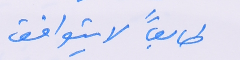
طابعاً لا يتوافق